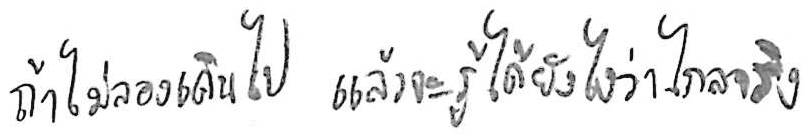
ถ้าไม่ลองเดินไป แล้วจะรู้ได้ยังไงว่าไกลจริง